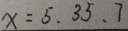
x = 5 . 3 5 . 7